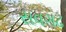
સવગઢ